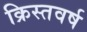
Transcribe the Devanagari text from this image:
क्रिस्तवर्ष